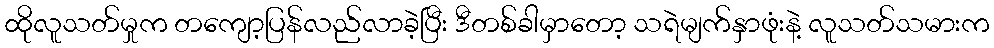
ထိုလူသတ်မှုက တကျော့ပြန်လည်လာခဲ့ပြီး ဒီတစ်ခါမှာတော့ သရဲမျက်နှာဖုံးနဲ့ လူသတ်သမားက